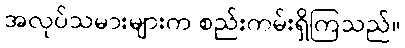
အလုပ်သမားများက စည်းကမ်းရှိကြသည်။